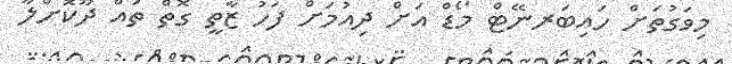
މިވަގުތަށް ހައިބަރނޭޓް މޯޑް އަށް ދިއުމަށް ފަހު ޒާތީ ގޮތް ތައް ދޫކޮށްލާ